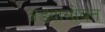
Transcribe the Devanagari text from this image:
अंड्यासोबत